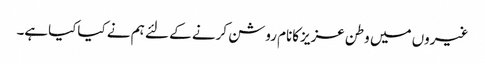
غیروں میں وطن عزیزکانام روشن کرنے کے لئے ہم نے کیاکیاہے۔